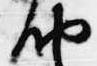
納